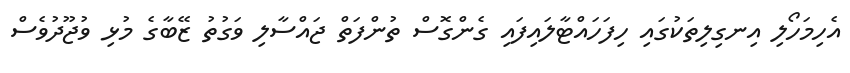
އެހިމަހޯލި އިނގިލިތަކުގައި ހިފަހައްޓާލައިފައި ގެންގޮސް ތުންފަތް ޖައްސާލި ވަގުތު ޒޭބާގެ މުޅި ވުޖޫދުވެސް